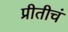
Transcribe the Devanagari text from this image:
प्रीतीचं